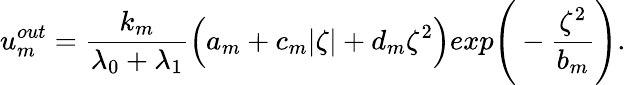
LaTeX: u_{m}^{out}=\frac{k_{m}}{\lambda_{0}+\lambda_{1}}\Big(a_{m}+c_{m}|\zeta|+d_{m}\zeta^{2}\Big)exp\Bigg(-\frac{\zeta^{2}}{b_{m}}\Bigg).